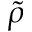
\tilde { \rho }